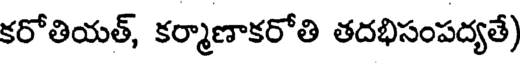
కరోతియత్, కర్మాణాకరోతి తదభిసంపద్యతే)